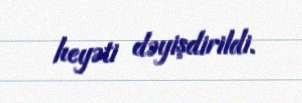
heyəti dəyişdirildi.